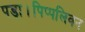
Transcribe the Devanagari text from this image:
पड़ा।पिप्पलिवन